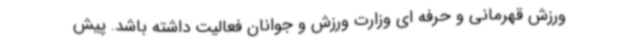
ورزش قهرمانی و حرفه ای وزارت ورزش و جوانان فعالیت داشته باشد. پیش